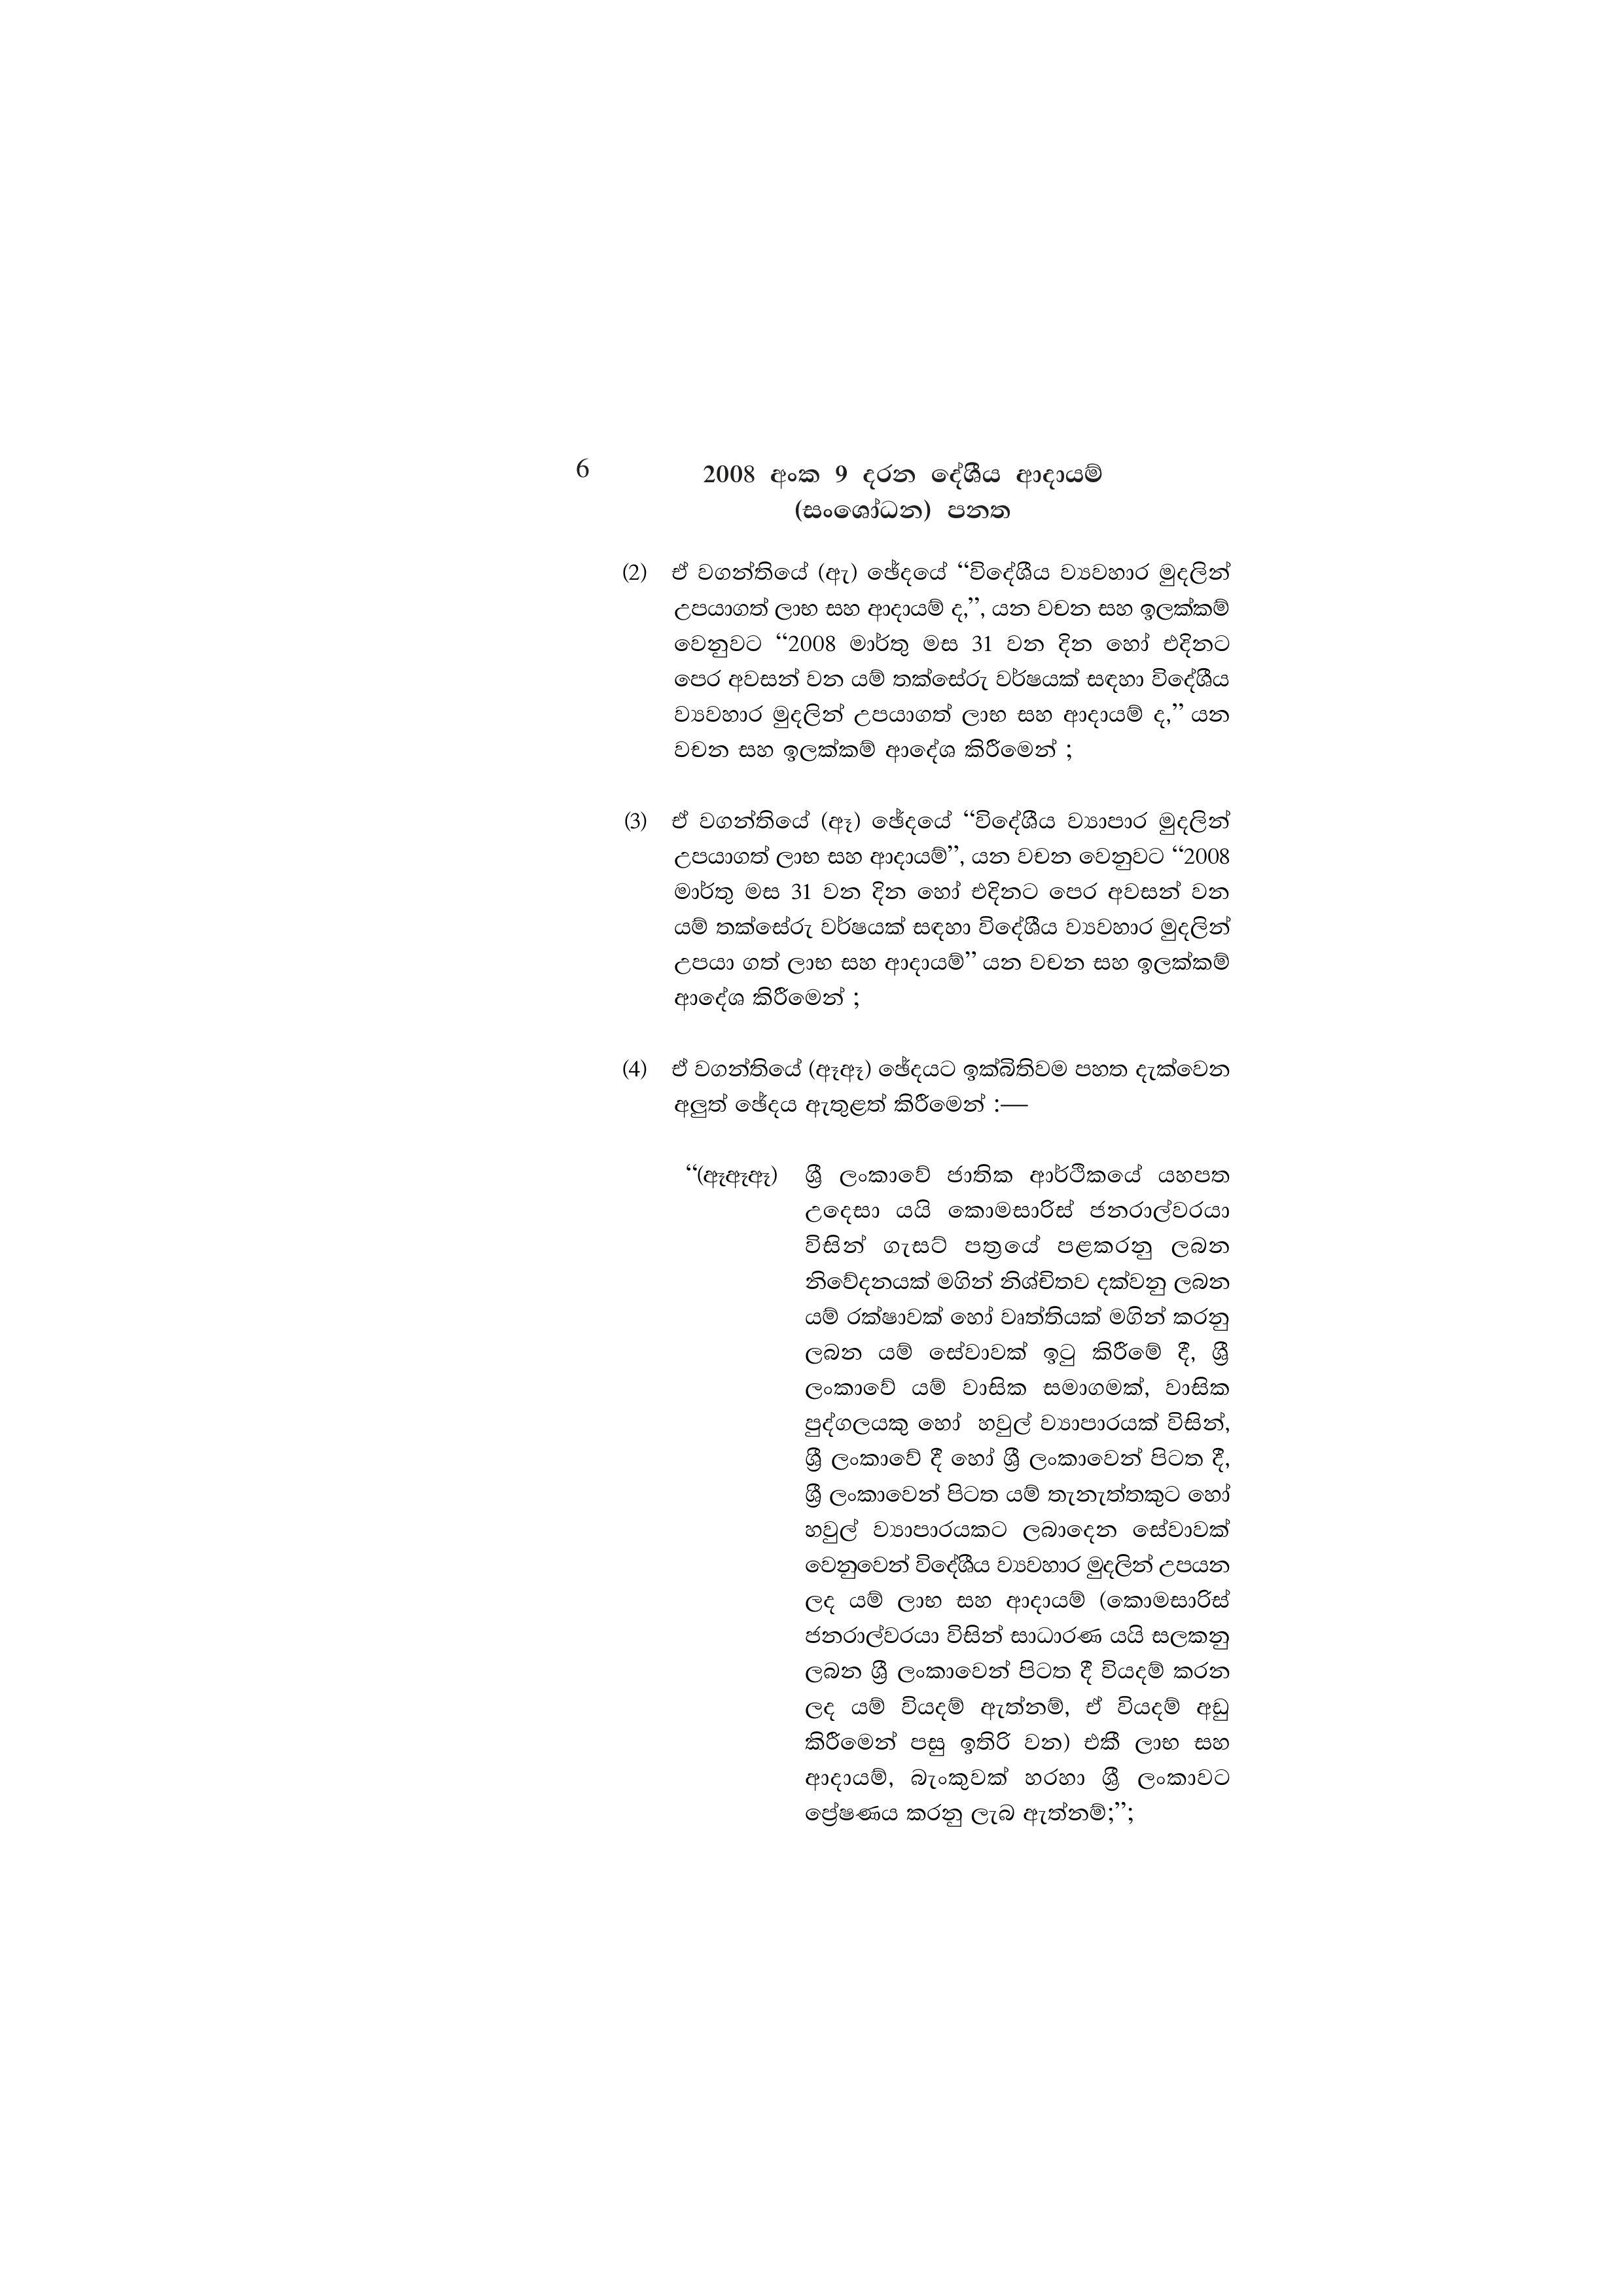
6 2008 අංක 9 දරන දේශීය ආදායම්
(සංශෝධන) පනත

(2) ඒ වගන්තියේ (ඇ) ඡේදයේ “විදේශීය ව්‍යවහාර මුදලින්
උපයාගත් ලාභ සහ ආදායම් ද,”, යන වචන සහ ඉලක්කම්
වෙනුවට “2008 මාර්තු මස 31 වන දින හෝ එදිනට
පෙර අවසන් වන යම් තක්සේරු වර්ෂයක් සඳහා විදේශීය
ව්‍යවහාර මුදලින් උපයාගත් ලාභ සහ ආදායම් ද,” යන
වචන සහ ඉලක්කම් ආදේශ කිරීමෙන් ;

(3) ඒ වගන්තියේ (ඈ) ඡේදයේ “විදේශීය ව්‍යාපාර මුදලින්
උපයාගත් ලාභ සහ ආදායම්”, යන වචන වෙනුවට “2008
මාර්තු මස 31 වන දින හෝ එදිනට පෙර අවසන් වන
යම් තක්සේරු වර්ෂයක් සඳහා විදේශීය ව්‍යවහාර මුදලින්
උපයා ගත් ලාභ සහ ආදායම්” යන වචන සහ ඉලක්කම්
ආදේශ කිරීමෙන් ;

(4) ඒ වගන්තියේ (ඈඈ) ඡේදයට ඉක්බිතිවම පහත දැක්වෙන
අලුත් ඡේදය ඇතුළත් කිරීමෙන් :—

“(ඈඈඈ) ශ්‍රී ලංකාවේ ජාතික ආර්ථිකයේ යහපත
උදෙසා යයි කොමසාරිස් ජනරාල්වරයා
විසින් ගැසට් පත්‍රයේ පළකරනු ලබන
නිවේදනයක් මගින් නිශ්චිතව දක්වනු ලබන
යම් රක්ෂාවක් හෝ වෘත්තියක් මගින් කරනු
ලබන යම් සේවාවක් ඉටු කිරීමේ දී, ශ්‍රී
ලංකාවේ යම් වාසික සමාගමක්, වාසික
පුද්ගලයකු හෝ හවුල් ව්‍යාපාරයක් විසින්,
ශ්‍රී ලංකාවේ දී හෝ ශ්‍රී ලංකාවෙන් පිටත දී,
ශ්‍රී ලංකාවෙන් පිටත යම් තැනැත්තකුට හෝ
හවුල් ව්‍යාපාරයකට ලබාදෙන සේවාවක්
වෙනුවෙන් විදේශීය ව්‍යවහාර මුදලින් උපයන
ලද යම් ලාභ සහ ආදායම් (කොමසාරිස්
ජනරාල්වරයා විසින් සාධාරණ යයි සලකනු
ලබන ශ්‍රී ලංකාවෙන් පිටත දී වියදම් කරන
ලද යම් වියදම් ඇත්නම්, ඒ වියදම් අඩු
කිරීමෙන් පසු ඉතිරි වන) එකී ලාභ සහ
ආදායම්, බැංකුවක් හරහා ශ්‍රී ලංකාවට
ප්‍රේෂණය කරනු ලැබ ඇත්නම්;”;